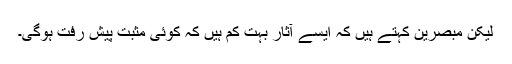
لیکن مبصرین کہتے ہیں کہ ایسے آثار بہت کم ہیں کہ کوئی مثبت پیش رفت ہوگی۔